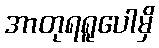
အာတုရရူပေါမှိ